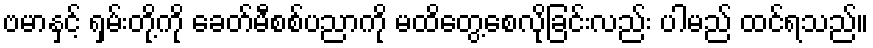
ဗမာနှင့် ရှမ်းတို့ကို ခေတ်မီစစ်ပညာကို မထိတွေ့စေလိုခြင်းလည်း ပါမည် ထင်ရသည်။